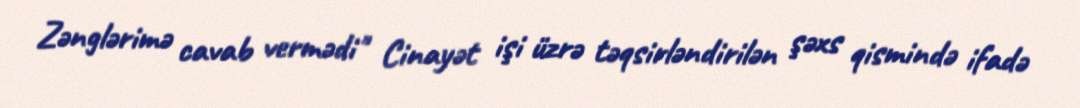
Zənglərimə cavab vermədi" Cinayət işi üzrə təqsirləndirilən şəxs qismində ifadə